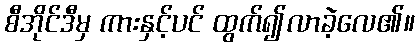
စီအိုင်ဒီမှ ကားနှင့်ပင် ထွက်၍လာခဲ့လေ၏။